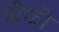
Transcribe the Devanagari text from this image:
बीफी